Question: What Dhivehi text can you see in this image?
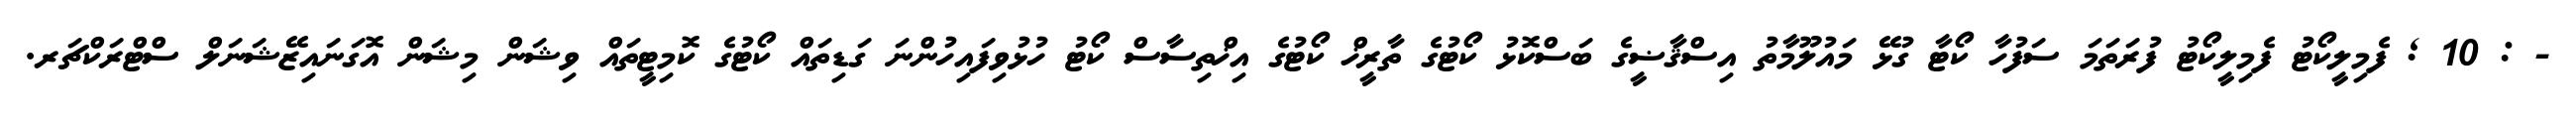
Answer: - : 10 ; ފެމިލީކޯޓު ފެމިލީކޯޓު ފުރަތަމަ ސަފުހާ ކޯޓާ ގުޅޭ މައުލޫމާތު އިސްޤާޟީގެ ބަސްކޮޅު ކޯޓުގެ ތާރީޚް ކޯޓުގެ އިޚްތިސާސް ކޯޓު ހުޅުވިފައިހުންނަ ގަޑިތައް ކޯޓުގެ ކޮމިޓީތައް ވިޝަން މިޝަން އޮގަނައިޒޭޝަނަލް ސްޓްރަކްޗަރ.